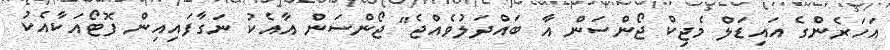
އަހަރެންގެ އައިޑަލް މެޖިކް ޖޯންސަން އާ ބައްދަލުވެއްޖެ" ޖޯންސަން އާއެކު ނަގާފައިއިން ފޮޓޯއަކާއެކު